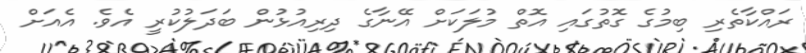
ރައްކާތެރި ބިމުގެ ގޮތުގައި އޮތް މުލަކަށް އޭނާގެ ދިރިއުޅުން ބަދަލުކުރީ އެވެ. އެއަށް